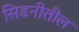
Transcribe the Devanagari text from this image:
सिडनीतील